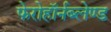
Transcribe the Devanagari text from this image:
फेरोहॉर्नब्लेण्ड